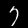
Digit: 7